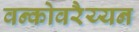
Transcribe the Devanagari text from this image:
वन्कोवरैय्यन